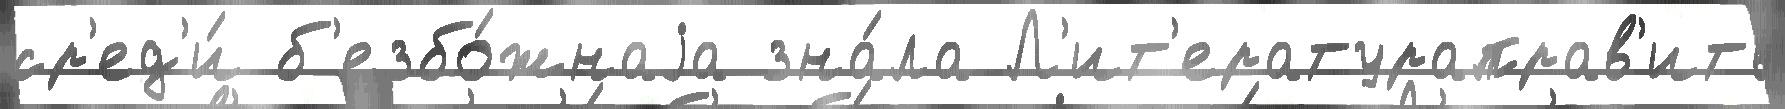
ср'ед'и́ б'езбо́жнаjа зна́ла Л'ит'ератураправ'ить